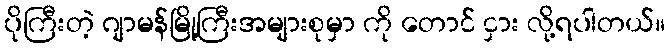
ပိုကြီးတဲ့ ဂျာမန်မြို့ကြီးအများစုမှာ ကို တောင် ငှား လို့ရပါတယ်။